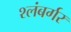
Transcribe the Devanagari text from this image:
श्लंबर्गर